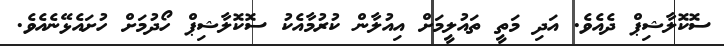
ސޮކޮލާޝިޕް ދެއެވެ. އަދި މަތީ ތައުލީމަށް އިއުލާން ކުރުމާއެކު ސޮކޮލާޝިޕް ހޯދުމަށް ހުށައެޅޭނެއެވެ.